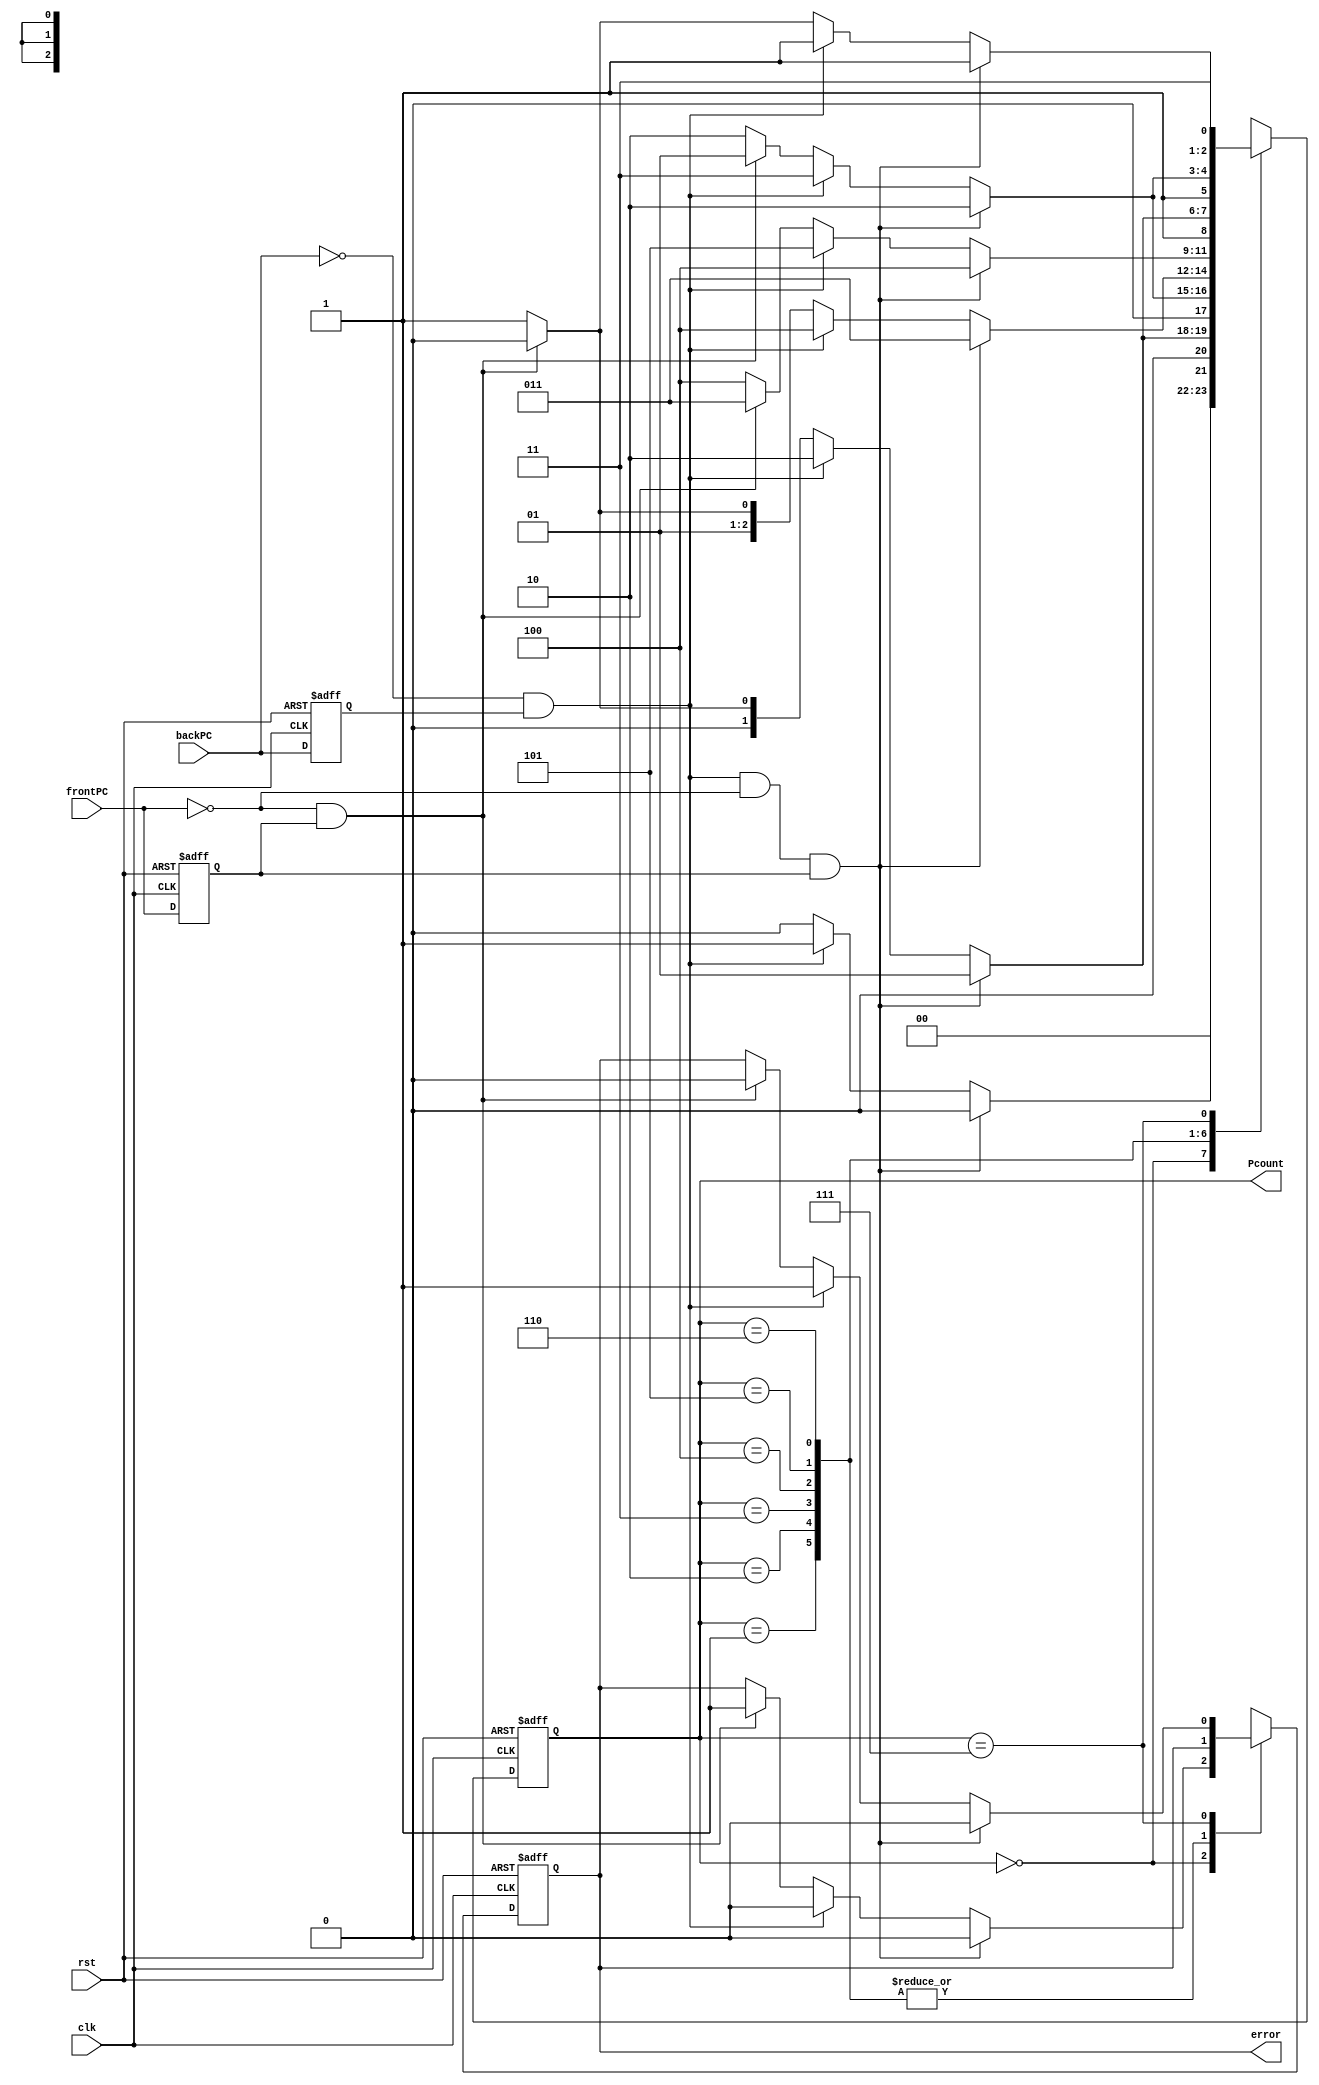
 module Counter (Pcount,error,backPC,frontPC,clk,rst);
	
	output reg [2:0] Pcount;
	output reg error;
	input backPC,frontPC,clk,rst;
	
	reg PrevUP,PrevDown,CurUP,CurDown;

 always @ (posedge clk or posedge rst)
  begin
	if (rst)
	begin 
		Pcount = 0; 
		PrevUP = 1 ;
		PrevDown = 1;
		error = 0;
	end
	else
		begin 
		CurUP = backPC; CurDown = frontPC;
		case (Pcount)
		3'b000 : 
			begin 
				if (~CurUP & PrevUP & ~CurDown & PrevDown) begin Pcount = 3'b000;error = 0; end // 1 in , 1 out 
				else if(~CurUP & PrevUP) begin Pcount = 3'b001;error = 0; end // 1 in 
				else if(~CurDown & PrevDown) begin Pcount = 3'b000;error = 1; end  // 1 out  // no change //error
				else Pcount = 3'b000; // nochange			
			end	
		3'b001 : 
			begin 
				if (~CurUP & PrevUP & ~CurDown & PrevDown) Pcount = 3'b001;
				else if(~CurUP & PrevUP) Pcount = 3'b010;
				else if(~CurDown & PrevDown) Pcount = 3'b000; // 1 out 
				else Pcount = 3'b001; // nochange
			end	
		3'b010 : 
			begin 
				if (~CurUP & PrevUP & ~CurDown & PrevDown) Pcount = 3'b010;
				else if(~CurUP & PrevUP) Pcount = 3'b011;
				else if(~CurDown & PrevDown) Pcount = 3'b001; // 1 out 
				else Pcount = 3'b010; // nochange				
			end	
		3'b011 : 
			begin 
				if (~CurUP & PrevUP & ~CurDown & PrevDown) Pcount = 3'b011;
				else if(~CurUP & PrevUP) Pcount = 3'b100;
				else if(~CurDown & PrevDown) Pcount = 3'b010; // 1 out 
				else Pcount = 3'b011; // nochange				
			end	
		3'b100 : 
			begin 
				if (~CurUP & PrevUP & ~CurDown & PrevDown) Pcount = 3'b100;
				else if(~CurUP & PrevUP) Pcount = 3'b101;
				else if(~CurDown & PrevDown) Pcount = 3'b011; // 1 out 
				else Pcount = 3'b100; // nochange
			end	
		3'b101 : 
			begin 
				if (~CurUP & PrevUP & ~CurDown & PrevDown) Pcount = 3'b101;
				else if(~CurUP & PrevUP) Pcount = 3'b110;
				else if(~CurDown & PrevDown) Pcount = 3'b100; // 1 out 
				else Pcount = 3'b101; // nochange
			end	
		3'b110 : 
			begin 
				if (~CurUP & PrevUP & ~CurDown & PrevDown) Pcount = 3'b110;
				else if(~CurUP & PrevUP) Pcount = 3'b111;
				else if(~CurDown & PrevDown) Pcount = 3'b101; // 1 out 
				else Pcount = 3'b110; // nochange
			end	
		3'b111 : 
			begin 
				if (~CurUP & PrevUP & ~CurDown & PrevDown) begin Pcount = 3'b111;error = 0; end
				else if(~CurUP & PrevUP) begin Pcount = 3'b111;error = 1; end // no change Limit 7  // add error limited up 
				else if(~CurDown & PrevDown) begin Pcount = 3'b110;error = 0; end // 1 out 
				else Pcount = 3'b111; // no change
			end	
		endcase
		PrevUP <= backPC;
		PrevDown <= frontPC;
	end	
	
  end

endmodule